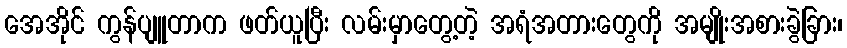
အေအိုင် ကွန်ပျူတာက ဖတ်ယူပြီး လမ်းမှာတွေ့တဲ့ အရံအတားတွေကို အမျိုးအစားခွဲခြား၊